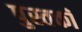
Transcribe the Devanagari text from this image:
पुस्तकॉ